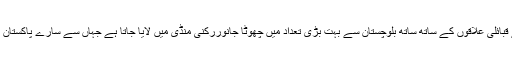
ڈیرہ غازی خاں کے قبائلی علاقوں کے ساتھ ساتھ بلوچستان سے بہت بڑی تعداد میں چھوٹا جانوررکنی منڈی میں لایا جاتا ہے جہاں سے سارے پاکستان میں سپلائی ہوتا ہے۔